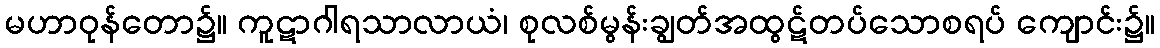
မဟာဝုန်တော၌။ ကူဋာဂါရသာလာယံ၊ စုလစ်မွန်းချွတ်အထွဋ်တပ်သောစရပ် ကျောင်း၌။